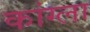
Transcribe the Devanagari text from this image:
कांग्ला